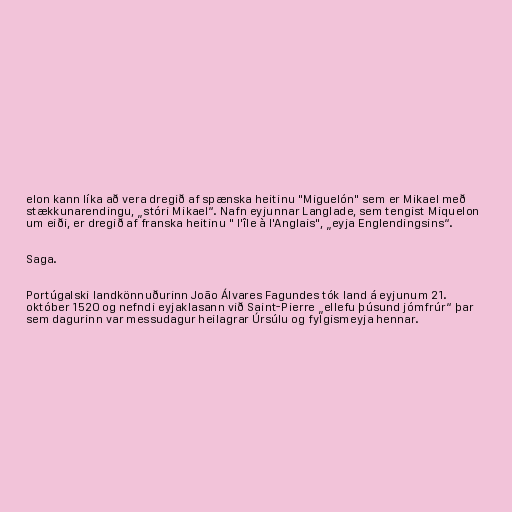
elon kann líka að vera dregið af spænska heitinu "Miguelón" sem er Mikael með
stækkunarendingu, „stóri Mikael“. Nafn eyjunnar Langlade, sem tengist Miquelon
um eiði, er dregið af franska heitinu " l'île à l'Anglais", „eyja Englendingsins“.

Saga.

Portúgalski landkönnuðurinn João Álvares Fagundes tók land á eyjunum 21.
október 1520 og nefndi eyjaklasann við Saint-Pierre „ellefu þúsund jómfrúr“ þar
sem dagurinn var messudagur heilagrar Úrsúlu og fylgismeyja hennar.